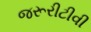
જરૂરીટીવી